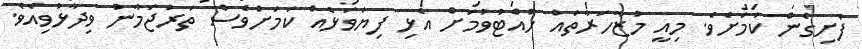
ފެށިގެން ކަމަށެވެ. މިއީ މުޒާހަރާތައް ހުއްޓުވުމަށް އެޅި ފިޔަވަޅެއް ކަމަށްވެސް ތަރުޖަމާނު ވިދާޅުވިއެވެ.